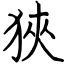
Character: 狹